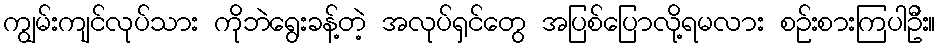
ကျွမ်းကျင်လုပ်သား ကိုဘဲရွေးခန့်တဲ့ အလုပ်ရှင်တွေ အပြစ်ပြောလို့ရမလား စဉ်းစားကြပါဦး။